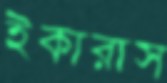
ইকারাস